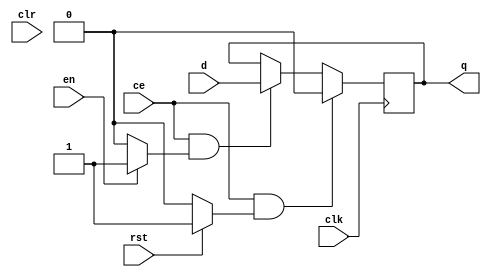
module sysgen_delay_9d893c921a (
  input [(1 - 1):0] d,
  input [(1 - 1):0] en,
  input [(1 - 1):0] rst,
  output [(1 - 1):0] q,
  input clk,
  input ce,
  input clr);
  wire d_1_22;
  wire en_1_25;
  wire rst_1_29;
  wire op_mem_0_8_24_next;
  reg op_mem_0_8_24 = 1'b0;
  wire op_mem_0_8_24_rst;
  wire op_mem_0_8_24_en;
  localparam [(1 - 1):0] const_value = 1'b1;
  reg op_mem_0_join_10_5;
  reg op_mem_0_join_10_5_en;
  reg op_mem_0_join_10_5_rst;
  assign d_1_22 = d;
  assign en_1_25 = en;
  assign rst_1_29 = rst;
  always @(posedge clk)
    begin:proc_op_mem_0_8_24
      if (((ce == 1'b1) && (op_mem_0_8_24_rst == 1'b1)))
        begin
          op_mem_0_8_24 <= 1'b0;
        end
      else if (((ce == 1'b1) && (op_mem_0_8_24_en == 1'b1)))
        begin
          op_mem_0_8_24 <= op_mem_0_8_24_next;
        end
    end
  always @(d_1_22 or en_1_25 or rst_1_29)
    begin:proc_if_10_5
      if (rst_1_29)
        begin
          op_mem_0_join_10_5_rst = 1'b1;
        end
      else if (en_1_25)
        begin
          op_mem_0_join_10_5_rst = 1'b0;
        end
      else 
        begin
          op_mem_0_join_10_5_rst = 1'b0;
        end
      if (en_1_25)
        begin
          op_mem_0_join_10_5_en = 1'b1;
        end
      else 
        begin
          op_mem_0_join_10_5_en = 1'b0;
        end
      op_mem_0_join_10_5 = d_1_22;
    end
  assign op_mem_0_8_24_next = d_1_22;
  assign op_mem_0_8_24_rst = op_mem_0_join_10_5_rst;
  assign op_mem_0_8_24_en = op_mem_0_join_10_5_en;
  assign q = op_mem_0_8_24;
endmodule